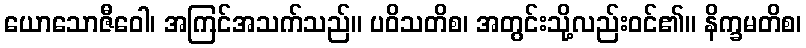
ယောသောဇီဝေါ၊ အကြင်အသက်သည်။ ပဝိသတိစ၊ အတွင်းသို့လည်းဝင်၏။ နိက္ခမတိစ၊